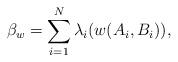
LaTeX: \begin{align*}\beta_{w}=\sum_{i=1}^N \lambda_i (w(A_{i},B_{i})),\end{align*}